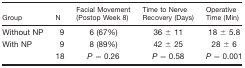
<table><thead><tr><td><b>Group</b></td><td><b>N</b></td><td><b>Facial Movement (Postop Week 8)</b></td><td><b>Time to Nerve Recovery (Days)</b></td><td><b>Operative Time (Min)</b></td></tr></thead><tbody><tr><td>Without NP</td><td>9</td><td>6 (67%)</td><td>36 ± 11</td><td>18 ± 5.8</td></tr><tr><td>With NP</td><td>9</td><td>8 (89%)</td><td>42 ± 25</td><td>28 ± 6</td></tr><tr><td></td><td>18</td><td><i>P =</i> 0.26</td><td><i>P</i> = 0.58</td><td><i>P =</i> 0.001</td></tr></tbody></table>